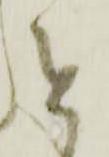
せ